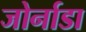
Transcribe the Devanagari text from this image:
जोर्नाडा